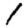
Digit: 1